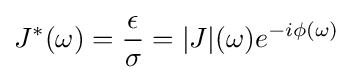
J^{*}(\omega )={\frac {\epsilon }{\sigma }}=|J|(\omega )e^{-i\phi (\omega )}